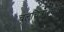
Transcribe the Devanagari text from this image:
चलचित्रात्मक